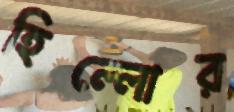
হিল্লোর